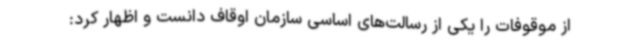
از موقوفات را یکی از رسالت‌های اساسی سازمان اوقاف دانست و اظهار کرد: